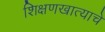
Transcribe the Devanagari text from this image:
शिक्षणखात्याचे